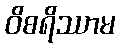
ဝိစရိဿာမ